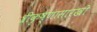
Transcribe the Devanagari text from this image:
श्रीकृष्णासारखी